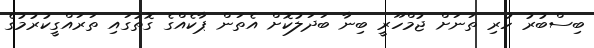
ބިސްބުރު ހުރި ތަނަށް ޖުމްހޫރީ ބިނާ ބަދަލުކޮށް އެތަން ޕާކެއްގެ ގޮތުގައި ތަރައްގީކުރުމުގެ